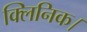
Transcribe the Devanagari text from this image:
क्लिनिक।